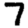
Digit: 7